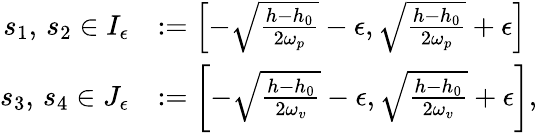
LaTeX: \begin{array}{rl}{s_{1},\, s_{2}\in I_{\epsilon}}&{:=\left[-\sqrt{\frac{h-h_{0}}{2\omega_{p}}}-\epsilon,\sqrt{\frac{h-h_{0}}{2\omega_{p}}}+\epsilon\right]}\\ {s_{3},\, s_{4}\in J_{\epsilon}}&{:=\left[-\sqrt{\frac{h-h_{0}}{2\omega_{v}}}-\epsilon,\sqrt{\frac{h-h_{0}}{2\omega_{v}}}+\epsilon\right],}\end{array}